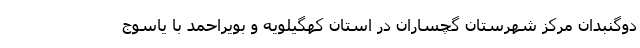
دوگنبدان مرکز شهرستان گچساران در استان کهگیلویه و بویراحمد با یاسوج